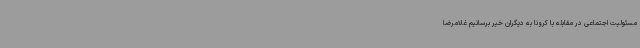
مسئولیت اجتماعی در مقابله با کرونا به دیگران خیر برسانیم غلامرضا